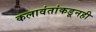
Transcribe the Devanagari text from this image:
कलावंतांकडूनही